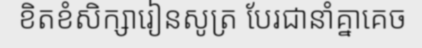
ខិតខំសិក្សារៀនសូត្រ បែរជានាំគ្នាគេច